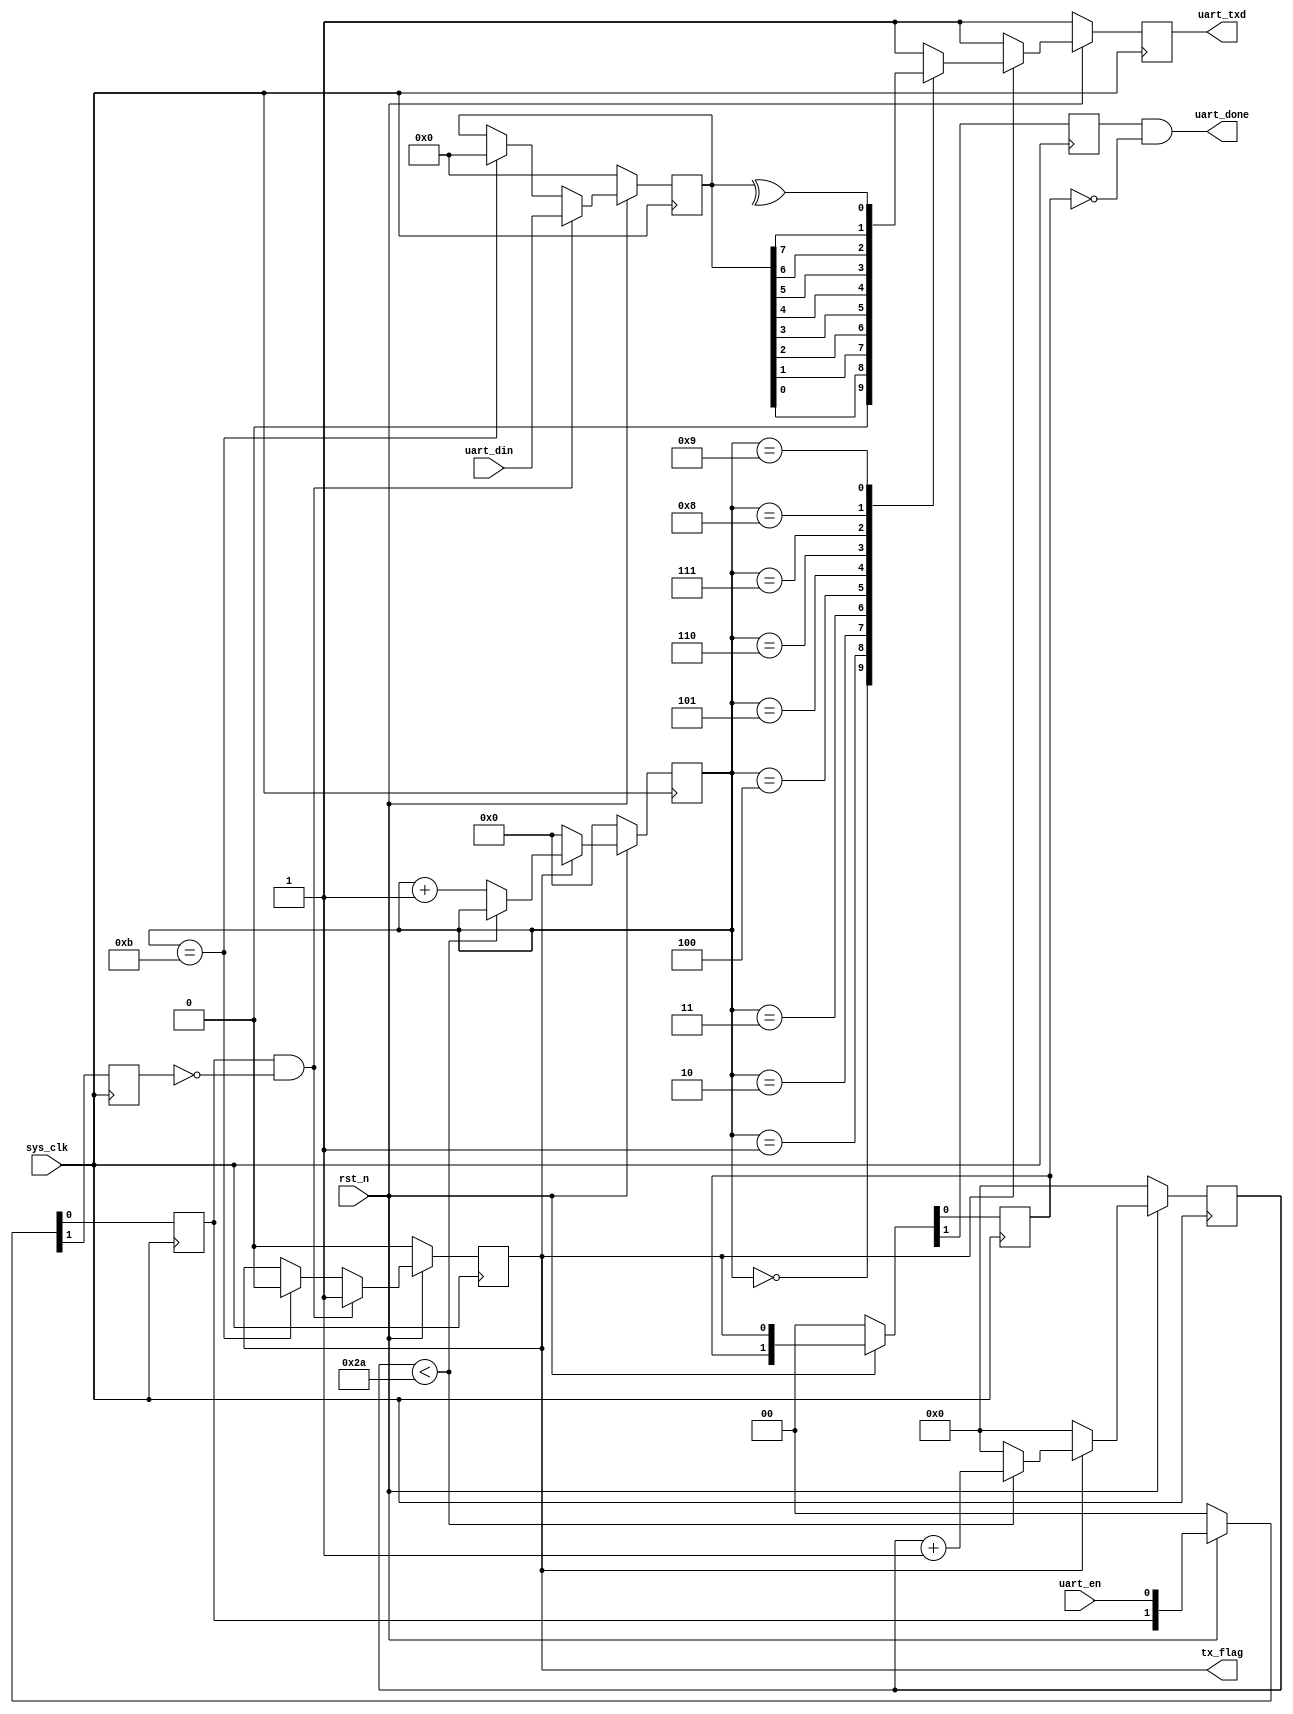
//815M115200
`timescale 1ns / 10ps
module uart_txd(input sys_clk,
				input rst_n,
				
				input uart_en,
				input [7:0] uart_din,
				output reg uart_txd,
				output uart_done,
				output reg tx_flag);

//
wire [5:0] BPS_CNT = 6'd43;  //BPS_CNT =  / 
reg [5:0] clk_cnt;

//
reg uart_en_d0;
reg uart_en_d1;
wire en_flag;

//
reg [3:0] tx_cnt;
reg [7:0] tx_data;

assign en_flag = (uart_en_d0) & (~uart_en_d1);

//
reg uart_done0,uart_done1;
always@(posedge sys_clk) begin
	if(!rst_n) {uart_done1,uart_done0} <= #1 2'b0;
	else {uart_done1,uart_done0} <= #1 {uart_done0,tx_flag};
end
assign uart_done = uart_done1 & ~uart_done0;

//
always@(posedge sys_clk)
begin
	if(!rst_n) {uart_en_d1,uart_en_d0} <= #1 2'b0;
	else {uart_en_d1,uart_en_d0} <= #1 {uart_en_d0,uart_en};
end

//en_flagtx_flag
always@(posedge sys_clk) begin
	if(!rst_n) tx_data <= #1 8'b0;
	else if(en_flag) tx_data <= #1 uart_din;
	else if(tx_cnt == 4'd11) tx_data <= #1 8'b0;
	else tx_data <= #1 tx_data;
end

always@(posedge sys_clk) begin
	if(!rst_n) tx_flag <= #1 1'b0;
	else if(en_flag) tx_flag <= #1 1'b1;
	else if(tx_cnt == 4'd11) tx_flag <= #1 1'b0;
	else tx_flag <= #1 tx_flag;
end

//
always@(posedge sys_clk) begin
	if(!rst_n) clk_cnt <= #1 6'b0;
	else if(tx_flag)
		if(clk_cnt < BPS_CNT - 1'b1) clk_cnt <= #1 clk_cnt + 1'b1;
		else clk_cnt <= #1 6'b0;
	else clk_cnt <= #1 6'b0;
end

always@(posedge sys_clk)
begin
	if(!rst_n) tx_cnt <= #1 4'b0;
	else if(tx_flag)
		if(clk_cnt < BPS_CNT - 1'b1) tx_cnt <= #1 tx_cnt;
		else tx_cnt <= #1 tx_cnt + 1'b1;
	else tx_cnt <= #1 4'b0;
end

//
always@(posedge sys_clk) begin
	if(!rst_n) uart_txd <= 1'b1;
	else if(tx_flag)
		case(tx_cnt)
		4'd0: uart_txd <= #1 1'b0;
		4'd1: uart_txd <= #1 tx_data[0];
		4'd2: uart_txd <= #1 tx_data[1];
		4'd3: uart_txd <= #1 tx_data[2];
		4'd4: uart_txd <= #1 tx_data[3];
		4'd5: uart_txd <= #1 tx_data[4];
		4'd6: uart_txd <= #1 tx_data[5];
		4'd7: uart_txd <= #1 tx_data[6];
		4'd8: uart_txd <= #1 tx_data[7];
		4'd9: uart_txd <= #1 ^tx_data;
		4'd10: uart_txd <= #1 1'b1;
		default:uart_txd <= #1 1'b1;
		endcase
	else uart_txd <= #1 1'b1;
end

endmodule